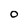
Character: O